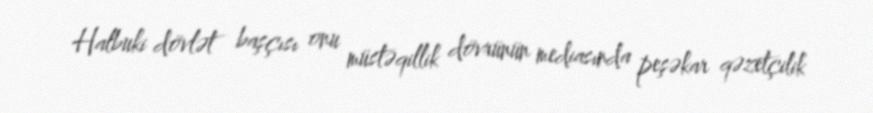
Halbuki dövlət başçısı onu müstəqillik dövrünün mediasında peşəkar qəzetçilik